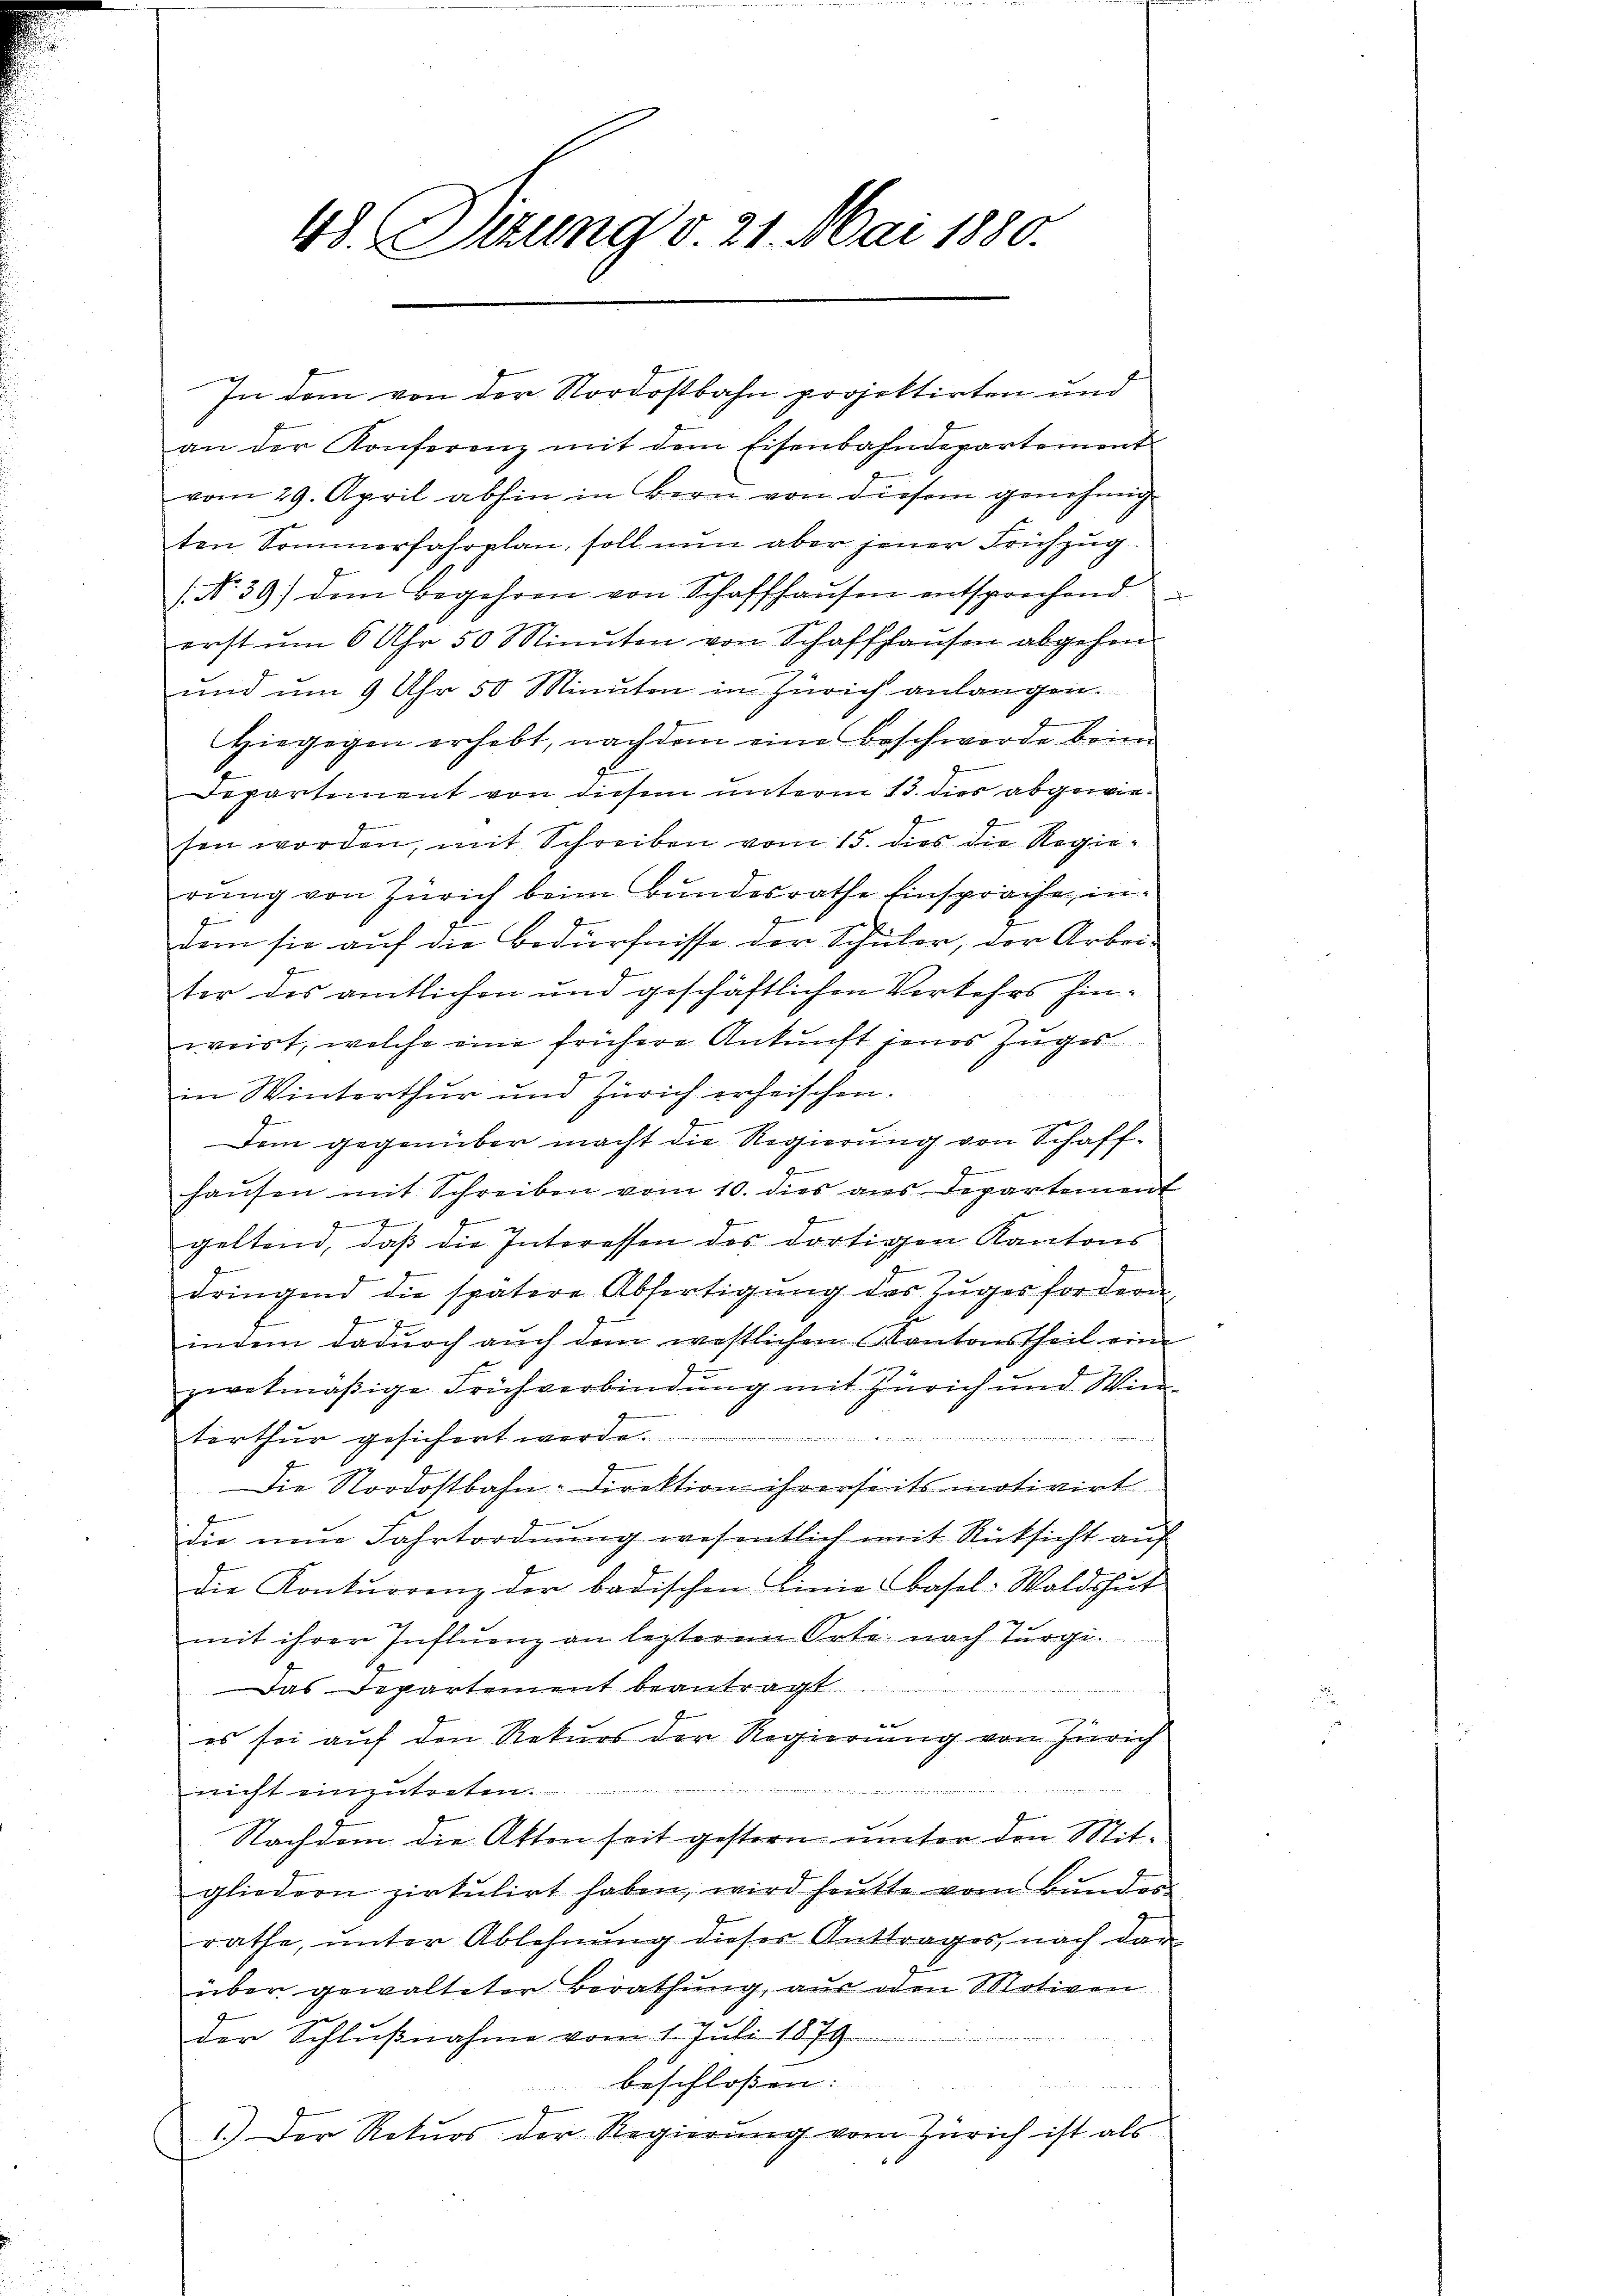
48. Sizung v. 21. Mai 1880.

In dem von der Nordostbahn projektirten und

an der Konferenz mit dem Eisenbahndepartement
vom 29. April abhin in Bern von diesem genehmig
ten Sommerfahrplan, soll nun aber jener Frühzug
 No. 39 dem Begehren von Schaffhaŭsen entsprechend
erst um 6 Uhr 50 Minuten von Schaffhausen abgehen
und um 9 Uhr 50 Minuten in Zürich anlangen.
Hiegegen erhebt, nachdem eine beschwerde beim
Departement von diesem unterm 13. dies abgewiesen worden, mit Schreiben vom 15. dies die Regierung von Zürich beim Bundesrathe Einsprache, inr
dem sie auf die Bedürfnisse der Schuler, der Arbeiter des amtlichen und geschäftlichen Verkehrs hinweirt, welche eine frühere Ankunft jenes Zuges
2
in Winterthur und Zürich erheischen.
Dem gegenüber macht die Regierung von Schaff-
haŭsen mit Schreiben vom 10. dies ans Departement
.
z
geltend, daβ die Interessen des dortigen Kantons
z
dringend die spätere Abfertigŭng des Zŭger fordern
indem dadurch auch dem westlichen Kantonstheil eine
zwekmäßige Frühverbindung mit Zürich und Win¬

terthur gesichert werde.
Die Nordostbahn-Direktion ihrerseits motivirt
die nun Fahrtordnŭng wesentlich mit Rücksicht auf
die Kontŭrrenz der badischen Linie Basel-Waldshut
mit ihrer Influenz an lezteren Orte nach Turgi¬
Das Departement beantragt
f
es sei auf den Rekurs der Regierung von Zürich
nicht einzutreten.
Nachdem die Akten seit gestern unter den Mitgliedern zirkŭlirt haben, wird heŭtte vom Bŭndes
rathe, unter Ablehnung dieser Anttrages, nach dar
über gewalteter Berathung, aus den Motiven
der Schlußnahme vom 1. Juli 1879.
beschloßen:
1.) Der Rekurs der Regierung vom Zürich ist als